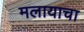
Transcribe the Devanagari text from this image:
मलायाचा